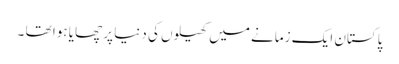
پاکستان ایک زمانے میں کھیلوں کی دنیا پر چھایا ہوا تھا ۔